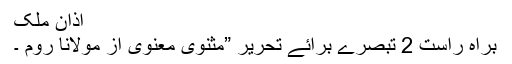
اذان ملک
براہ راست 2 تبصرے برائے تحریر ”مثنوی معنوی از مولانا رومؒ ۔